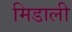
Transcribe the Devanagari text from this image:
मिडाली